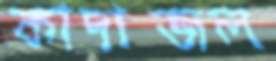
কাদাজল